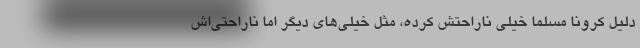
دلیل کرونا مسلماً خیلی ناراحتش کرده، مثل خیلی‌های دیگر اما ناراحتی‌اش